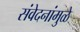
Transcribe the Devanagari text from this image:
संवेदनांमुळे